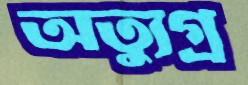
অত্যুগ্র